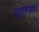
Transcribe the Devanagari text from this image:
चातुर्वर्णात